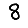
Digit: 8